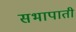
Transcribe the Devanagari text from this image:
सभापाती